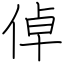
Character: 倬